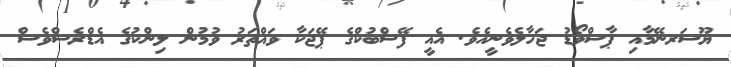
ޔޫސަރނޭމާއި ޕާސްވޯޑު ޖަހާލެވެނީއެވެ. އެއީ ފޭސްބުކްގެ ޕޭޖަކާ ވައްތަރު ވުމުން ލިންކުގެ އެޑްރެސްވެސް